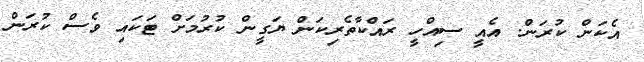
އެކަން ކުރަން. އެއީ ސިއްހީ ރައްކާތެރިކަން ޔަގީން ކުރުމަށް ޓަކައި ވެސް ކުރަން